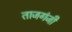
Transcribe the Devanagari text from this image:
ताजगंजी